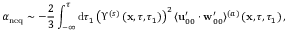
\alpha _ { \mathrm { n e q } } \sim - \frac { 2 } { 3 } \int _ { - \infty } ^ { \tau } \mathrm { d } \tau _ { 1 } \left( \Upsilon ^ { ( s ) } \left( \mathbf { x } , \tau , \tau _ { 1 } \right) \right) ^ { 2 } \langle \mathbf { u } _ { 0 0 } ^ { \prime } \cdot \mathbf { w } _ { 0 0 } ^ { \prime } \rangle ^ { ( a ) } \left( \mathbf { x } , \tau , \tau _ { 1 } \right) ,